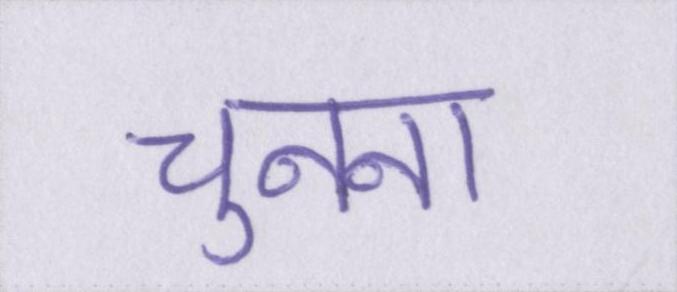
चुनना